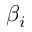
\beta _ { i }